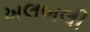
ખલબલી